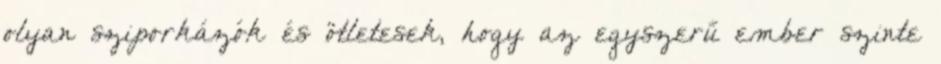
olyan sziporkázók és ötletesek, hogy az egyszerű ember szinte